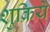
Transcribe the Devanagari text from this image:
शुक्रिये